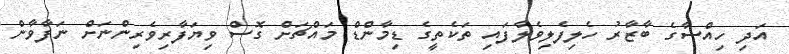
އަދި ހިއްސާގެ ބާޒާރު ހެލިފެލިވެލާފައި ތަކެތީގެ ޑިމާންޑް މައްޗަށް ގޮސް ވިޔަފާރިވެރިންނަށް ނަފާވާން